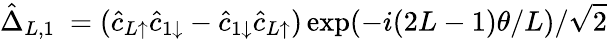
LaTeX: \hat{\Delta}_{L,1}\ =(\hat{c}_{L\uparrow}\hat{c}_{1\downarrow}-\hat{c}_{1\downarrow}\hat{c}_{L\uparrow})\exp(-i(2L-1)\theta/L)/\sqrt{2}